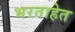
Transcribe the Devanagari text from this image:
भरताहेत